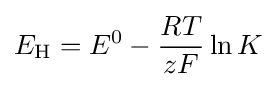
E_{\text{H}}=E^{0}-{\frac {RT}{zF}}\ln {K}